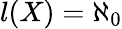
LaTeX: l(X)=\aleph_{0}